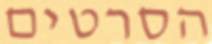
הסרטים